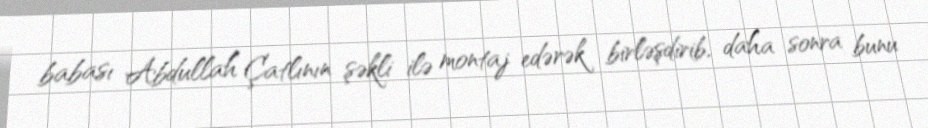
babası Abdullah Çatlının şəkli ilə montaj edərək birləşdirib, daha sonra bunu